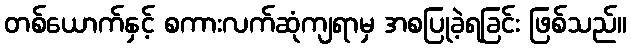
တစ်ယောက်နှင့် စကားလက်ဆုံကျရာမှ အစပြုခဲ့ရခြင်း ဖြစ်သည်။